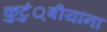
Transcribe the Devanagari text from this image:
कुटुं्बीयांना